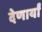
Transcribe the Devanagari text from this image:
देणार्यां